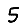
Digit: 5